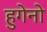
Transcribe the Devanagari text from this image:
हुगेनो